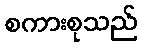
စကားစုသည်